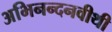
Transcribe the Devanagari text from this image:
अभिनन्दनवीथी